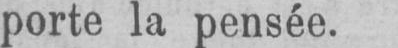
porte la pensée.